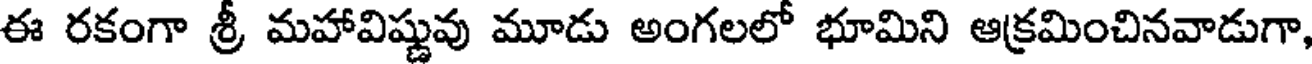
ఈ రకంగా శ్రీ మహావిష్ణువు మూడు అంగలలో భూమిని ఆక్రమించినవాడుగా,